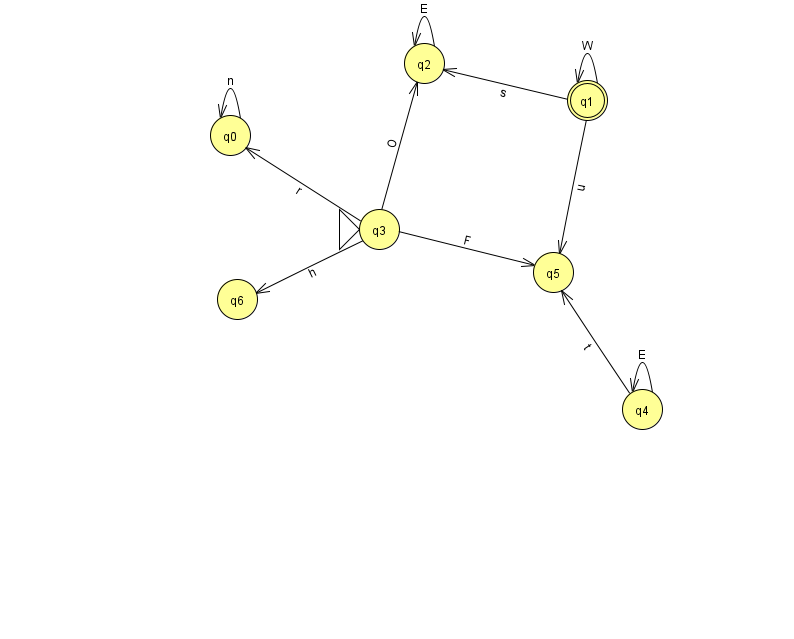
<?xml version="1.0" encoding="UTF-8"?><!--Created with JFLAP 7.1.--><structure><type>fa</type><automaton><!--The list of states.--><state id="0" name="q0"><x>230.0</x><y>122.0</y></state><state id="1" name="q1"><x>587.0</x><y>87.0</y><final/></state><state id="2" name="q2"><x>424.0</x><y>50.0</y></state><state id="3" name="q3"><x>379.0</x><y>216.0</y><initial/></state><state id="4" name="q4"><x>642.0</x><y>396.0</y></state><state id="5" name="q5"><x>553.0</x><y>259.0</y></state><state id="6" name="q6"><x>237.0</x><y>286.0</y></state><!--The list of transitions.--><transition><from>1</from><to>5</to><read>u</read></transition><transition><from>3</from><to>6</to><read>h</read></transition><transition><from>2</from><to>2</to><read>E</read></transition><transition><from>3</from><to>2</to><read>O</read></transition><transition><from>4</from><to>4</to><read>E</read></transition><transition><from>1</from><to>1</to><read>W</read></transition><transition><from>1</from><to>2</to><read>s</read></transition><transition><from>3</from><to>0</to><read>r</read></transition><transition><from>3</from><to>5</to><read>F</read></transition><transition><from>4</from><to>5</to><read>t</read></transition><transition><from>0</from><to>0</to><read>n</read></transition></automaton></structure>